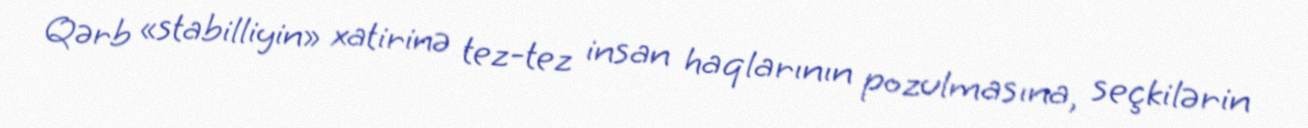
Qərb «stabilliyin» xatirinə tez-tez insan haqlarının pozulmasına, seçkilərin